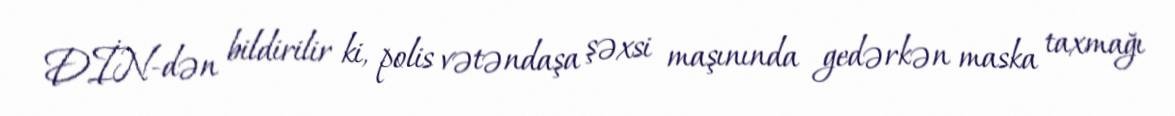
DİN-dən bildirilir ki, polis vətəndaşa şəxsi maşınında gedərkən maska taxmağı